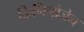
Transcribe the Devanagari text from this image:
किनिनोज़ेन